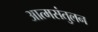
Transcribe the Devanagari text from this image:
आत्मसंतुलन